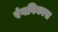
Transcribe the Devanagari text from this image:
रंगविकास